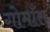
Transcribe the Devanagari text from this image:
गोमाँस